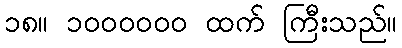
၁၈။ ၁၀၀၀၀၀၀ ထက် ကြီးသည်။